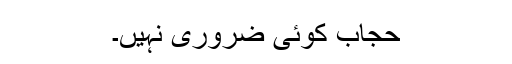
حجاب کوئی ضروری نہیں۔